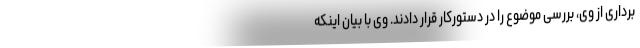
برداری از وی، بررسی موضوع را در دستورکار قرار دادند. وی با بیان اینکه